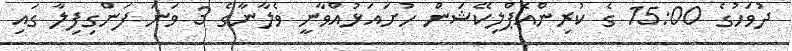
ދުވަހުގެ 15:00 ގެ ކުރިންއެޕްލިކޭޝަން ހުށައަޅުއްވާނީ ވެލާނާގެ 3 ވަނަ ފަންގިފިލާ ގައި